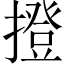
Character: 撜